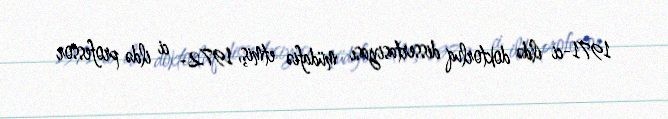
1971-ci ildə doktorluq dissertasiyası müdafiə etmiş, 1972- ci ildə professor